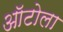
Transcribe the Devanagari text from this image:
ऑटोला